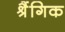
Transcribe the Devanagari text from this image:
श्रैंगिक